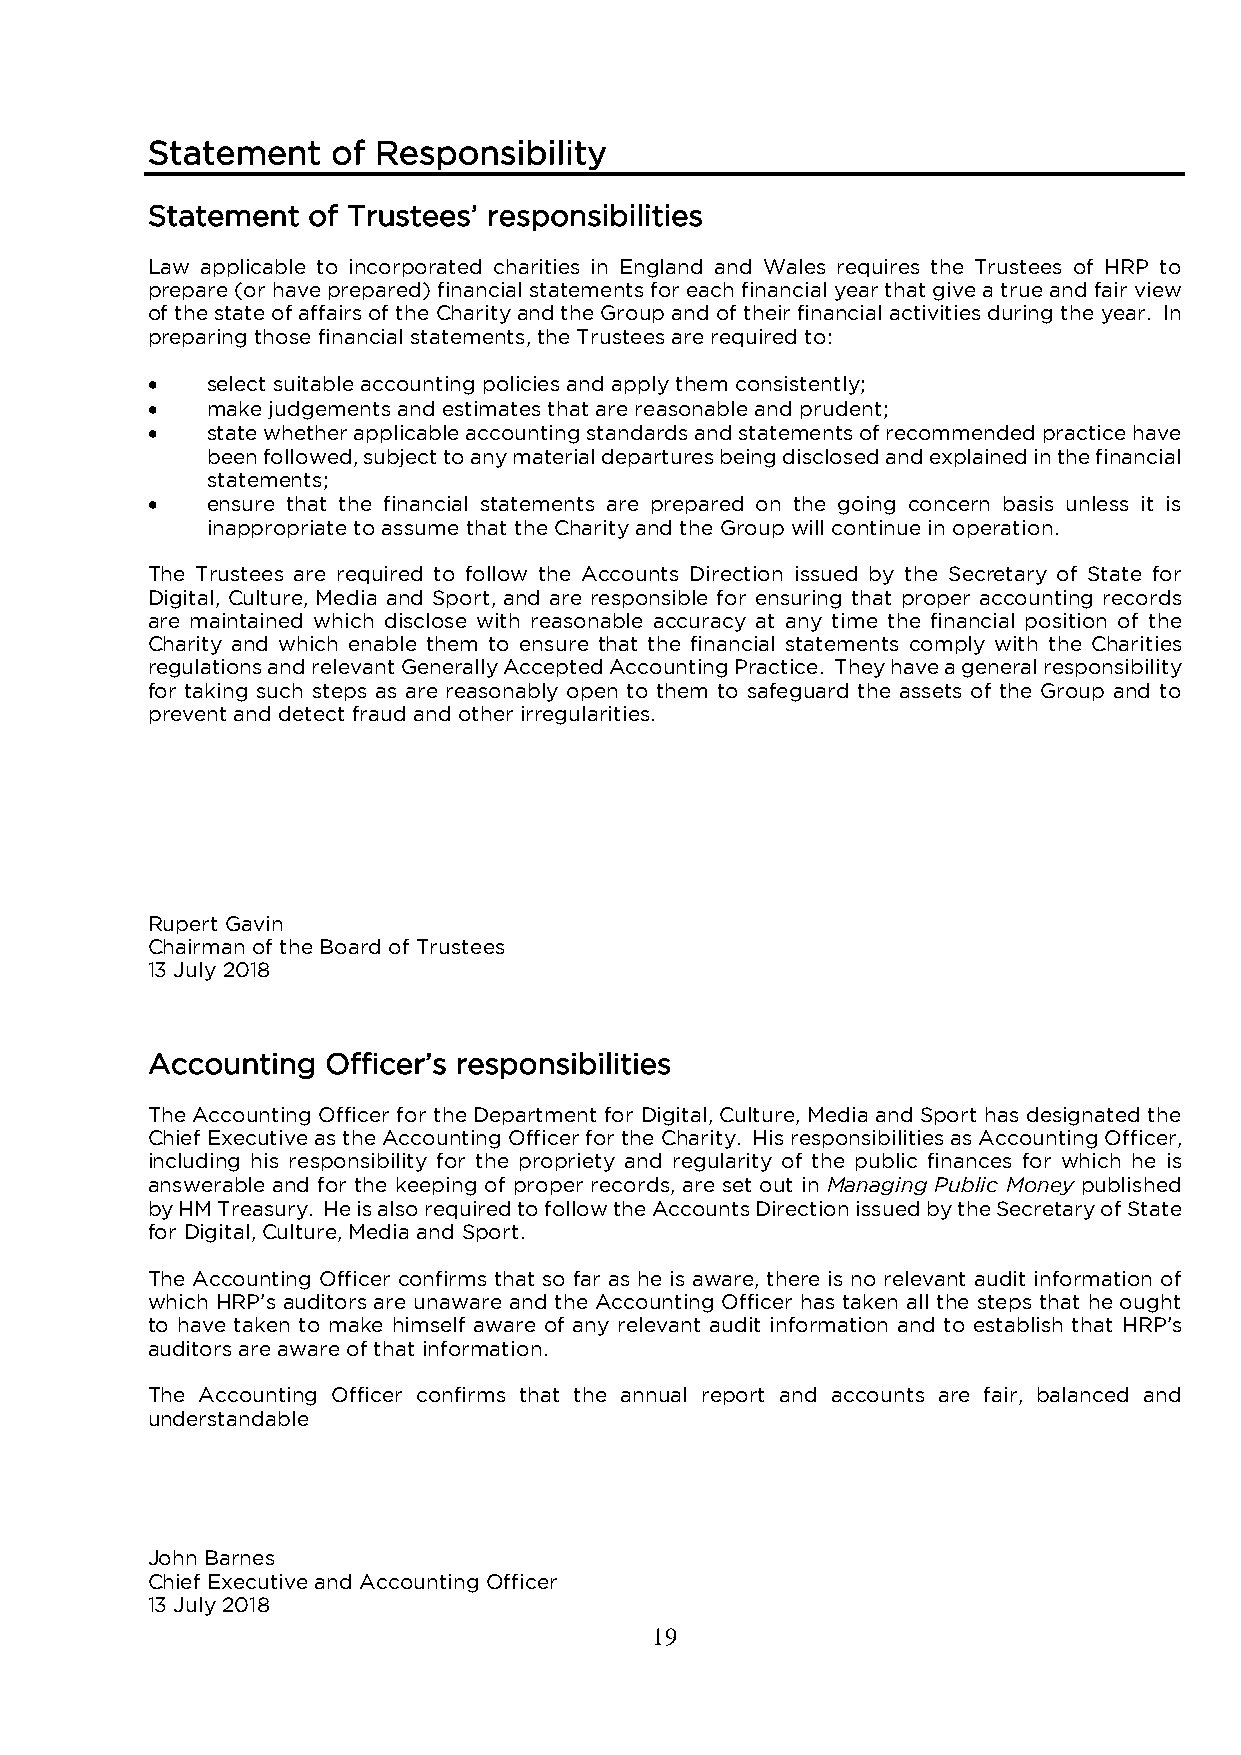
Statement   of Responsibility
 Statement of Trustees’ responsibilities
 Law applicable to incorporated charities in England and Wales requires the Trustees of HRP to
 prepare (or have prepared) financial statements for each financial year that give a true and fair view
 of the state of affairs of the Charity and the Group and of their financial activities during the year. In
 preparing those financial statements, the Trustees are required to:
 •   select suitable accounting policies and apply them consistently;
 •   make judgements and estimates that are reasonable and prudent;
 •   state whether applicable accounting standards and statements of recommended practice have
 been followed, subject to any material departures being disclosed and explained in the financial
 statements;
 •   ensure that the financial statements are prepared on the going concern basis unless it is
 inappropriate to assume that the Charity and the Group will continue in operation.
 The Trustees are required to follow the Accounts Direction issued by the Secretary of State for
 Digital, Culture, Media and Sport, and are responsible for ensuring that proper accounting records
 are maintained which disclose with reasonable accuracy at any time the financial position of the
 Charity and which enable them to ensure that the financial statements comply with the Charities
 regulations and relevant Generally Accepted Accounting Practice. They have a general responsibility
 for taking such steps as are reasonably open to them to safeguard the assets of the Group and to
 prevent and detect fraud and other irregularities.
 Rupert Gavin
 Chairman of the Board of Trustees
 13 July 2018
 Accounting  Officer’s responsibilities
 The Accounting Officer for the Department for Digital, Culture, Media and Sport has designated the
 Chief Executive as the Accounting Officer for the Charity. His responsibilities as Accounting Officer,
 including his responsibility for the propriety and regularity of the public finances for which he is
 answerable and for the keeping of proper records, are set out in Managing Public Money published
 by HM Treasury. He is also required to follow the Accounts Direction issued by the Secretary of State
 for Digital, Culture, Media and Sport.
 The Accounting Officer confirms that so far as he is aware, there is no relevant audit information of
 which HRP’s auditors are unaware and the Accounting Officer has taken all the steps that he ought
 to have taken to make himself aware of any relevant audit information and to establish that HRP’s
 auditors are aware of that information.
 The Accounting Officer confirms that the annual report and accounts are fair, balanced and
 understandable
 John Barnes
 Chief Executive and Accounting Officer
 13 July 2018
 19